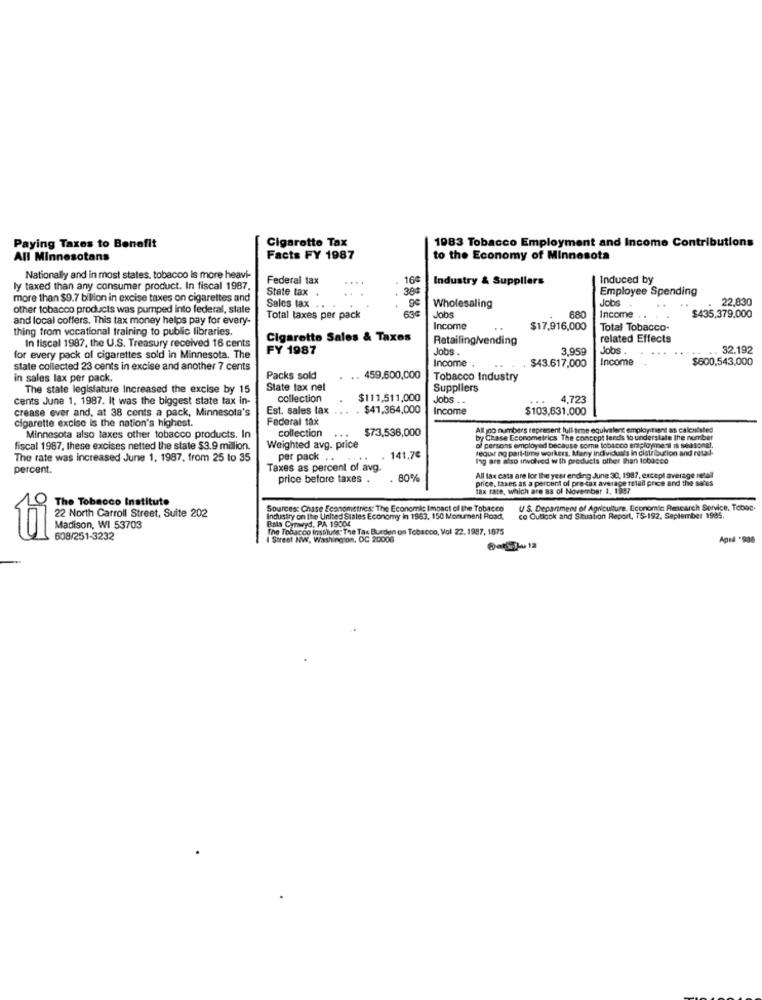
Cigarette Tax
1983 Tobacco Employment and Income Contributions
Paying Taxes to Benefit
All Minnesotans
Facts FY 1987
to the Economy of Minnesota
Nationally and in most states. tobacco is more heavi-
Federal tax
.....
. 16¢
Industry & Suppliers
Induced by
ly taxed than any consumer product. In fiscal 1987.
State tax
383
Employee Spending
more than $9.7 billion in excise taxes on cigarettes and
Jobs
22,830
other tobacco products was pumped into federal, stale
Sales tax .
Wholesaling
$435,379,000
and local coffers. This tax money helps pay for every-
Total taxes per pack
Jobs
680
Income . .
thing from vocational training to public libraries.
Income
$17,916,000
Total Tobacco-
Cigarette Sales & Taxes
Retailing/vending
related Effects
In fiscal 1987, the U.S. Treasury received 16 cents
FY 1987
Jobs.
3.959
Jobs.
..........
32.192
for every pack of cigarettes sold in Minnesota. The
Income
Income
$600,543,000
state collected 23 cents in excise and another 7 cents
$43.617,000
in sales lax per pack.
Packs sold
.. 459.600,000
Tobacco Industry
The state legislature Increased the excise by 15
State tax nel
Suppliers
cents June 1. 1987. It was the biggest state tax in-
collection
$111,511,000
Jobs . .
4,723
crease over and, at 38 cents a pack, Minnesota's
Est. sales tax
$41,364,000
Income
$103,631.000
cigarette excise is the nation's highest.
Federal tax
collection
$73,536,000
All goo numbers represent full are equivalent employment as calculated
Minnesota also taxes other tobacco products. In
by Chase Econometrics The concept lends to understate the number
fiscal 1987, these excises netted the state $3.9 million.
Weighted avg. price
of persons employed because some tobacco employment is seasonal.
requer ng part-time workers, Mary individuals in distribution and retal-
The rate was increased June 1, 1987, from 25 to 35
per pack
....
141.7€
Ing are also involved with products other than tobacco
percent.
Taxes as percent of avg.
price before taxes .
80%
price, taxes as a percent of pre-tax average retail price and the sales
All lax cata are lor the year ending June 30, 1987, except average real
tax rate, which are as of November 1, 1937
The Tobacco Instituto
Sources: Chase Econometrics: The Economic Impact of the Tobacco
U S. Department of Agriculture, Economic Research Service. Toboc.
22 North Carroll Street, Suite 202
Industry on the United States Economy In 1983. 150 Monument Road,
Bala Cynwyd, PA 19004
co Outlook and Situation Report, TS-192, Saplember 1985.
Madison, WI 53703
The Tobacco institute: The Tax Burden on Tobacco, Vol 22. 1987, 1875
95
608/251-3232
I Street NW, Washington, DC 20006
Apel -908